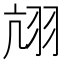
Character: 𦐄